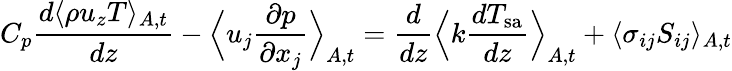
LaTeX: C_{p}\frac{d\langle\rho u_{z}T\rangle_{A,t}}{dz}-\Big\langle u_{j}\frac{\partial p}{\partial x_{j}}\Big\rangle_{A,t}=\frac{d}{dz}\Big\langle k\frac{dT_{\mathrm{sa}}}{dz}\Big\rangle_{A,t}+\langle\sigma_{ij}S_{ij}\rangle_{A,t}